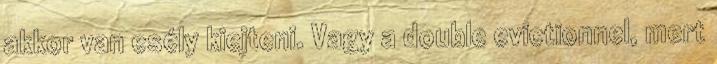
akkor van esély kiejteni. Vagy a double evictionnel, mert